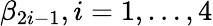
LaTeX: \beta_{2i-1},i=1,\ldots,4